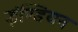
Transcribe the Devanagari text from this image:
इंण्डियन